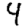
Digit: 4